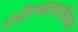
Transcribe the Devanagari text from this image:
गंभीरव्यावसायिक